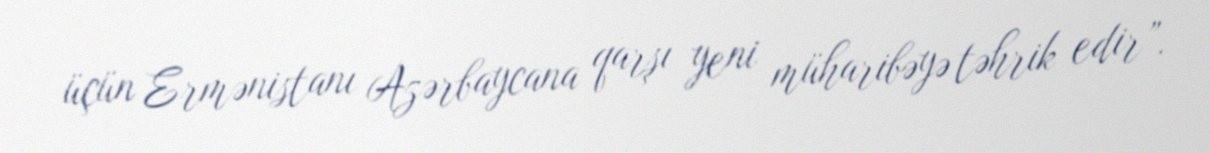
üçün Ermənistanı Azərbaycana qarşı yeni müharibəyə təhrik edir”.